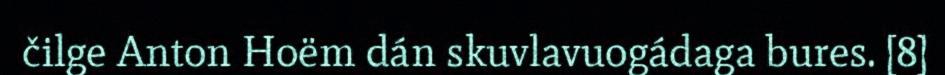
čilge Anton Hoëm dán skuvlavuogádaga bures. [8]